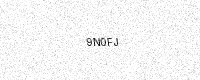
Text: 9N0FJ